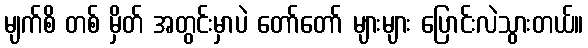
မျက်စိ တစ် မှိတ် အတွင်းမှာပဲ တော်တော် များများ ပြောင်းလဲသွားတယ်။